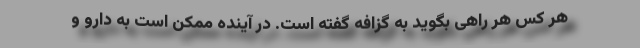
هر کس هر راهی بگوید به گزافه گفته است. در آینده ممکن است به دارو و